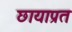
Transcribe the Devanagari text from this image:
छायाप्रत